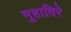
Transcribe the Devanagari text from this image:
मुहाविरे